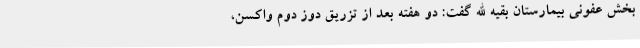
بخش عفونی بیمارستان بقیه الله گفت: دو هفته بعد از تزریق دوز دوم واکسن،